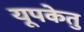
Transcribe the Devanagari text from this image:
यूपकेतु